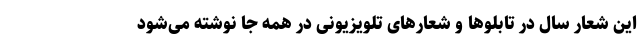
این شعار سال در تابلوها و شعارهای تلویزیونی در همه جا نوشته می‌شود